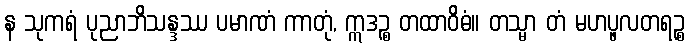
န သုကရံ ပုညာဘိသန္ဒဿ ပမာဏံ ကာတုံ, ဣဒဉ္စ တထာဝိဓံ။ တသ္မာ တံ မဟပ္ဖလတရဉ္စ